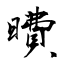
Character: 曊